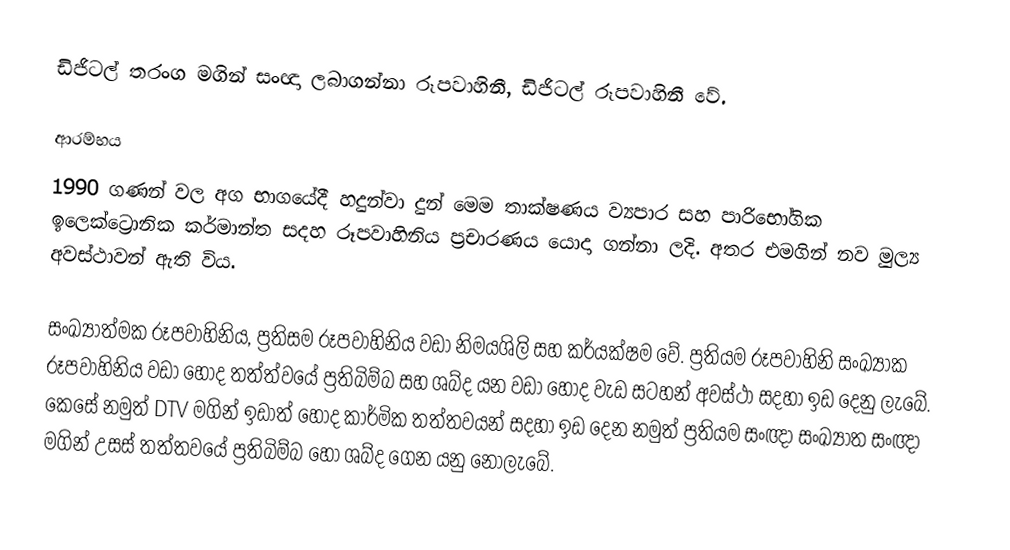
ඩිජිටල් තරංග මගින් සංඥා ලබාගන්නා  රූපවාහිනී, ඩිජිටල් රූපවාහිනී වේ.

ආරම්භය
1990 ගණන් වල අග භාගයේදී හදුන්වා දුන් මෙම තාක්ෂණය ව්‍යපාර සහ පාරිභෝගික ඉලෙක්ට්‍රොනික කර්මාන්ත සදහ රූපවාහිනිය ප්‍රචාරණය යොදා ගන්නා ලදි. අතර එමගින් නව මුල්‍ය අවස්ථාවන් ඇති විය.

සංඛ්‍යාත්මක රූපවාහිනිය, ප්‍රතිසම රූපවාහිනිය වඩා නිමයශිලි සහ කර්යක්ෂම වේ. ප්‍රතියම රූපවාහිනි සංඛ්‍යාක රූපවාහිනිය වඩා හොද තත්ත්වයේ ප්‍රතිබිම්බ සහ ශබ්ද යන වඩා හොද වැඩ සටහන් අවස්ථා සදහා ඉඩ දෙනු ලැබේ. කෙසේ නමුත් DTV මගින් ඉඩාත් හොද කාර්මික තත්තවයන් සදහා ඉඩ දෙන නමුත් ප්‍රතියම සංඥා සංඛ්‍යාත සංඥා මගින් උසස් තත්තවයේ ප්‍රතිබිම්බ හෝ ශබ්ද ගෙන යනු නොලැබේ.